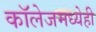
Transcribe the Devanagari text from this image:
काॅलेजमध्येही